Vaccination in the Punjab 1867-1880 - 1867-1880
Year: 1867
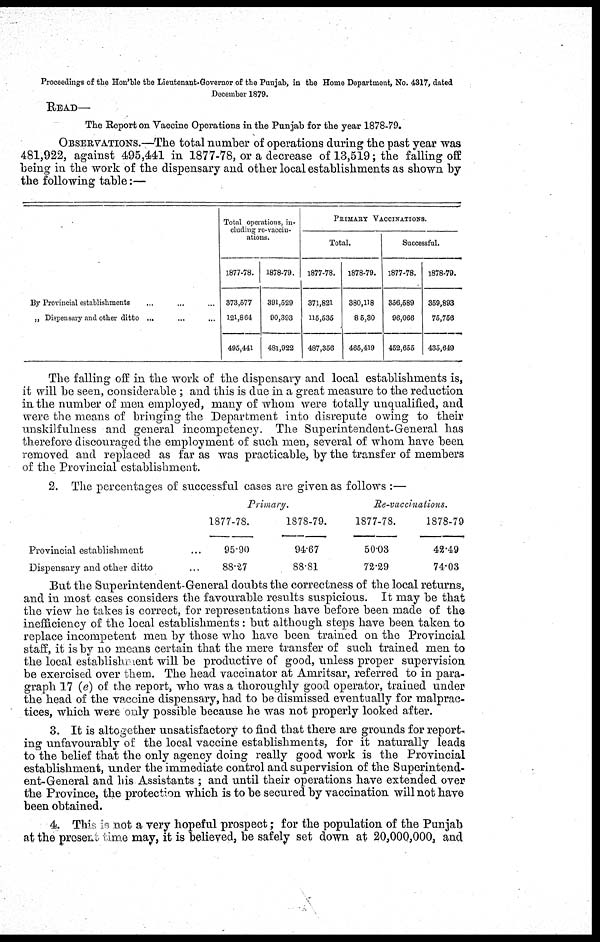
Proceedings of the Hon'ble the Lieutenant-Governor of the Punjab, in the Homo Department, No. 4317, dated
December 1879.
READ—
The Report on Vaccine Operations in the Punjab for the year 1878-79.
OBSERVATIONS.—The total number of operations during the past year was
481,922, against 495,441 in 1877-78, or a decrease of 13,519; the falling off
being in the work of the dispensary and other local establishments as shown by
the following table:—
By Provincial establishments ... ... ...
„ Dispensary and other ditto ... ... ...
Total operations, in-
cluding re-vaccin¬
ations.
1877-78.
373,577
121,864
495,441
1878-79.
391,529
90,393
481,922
PRIMARY VACCINATIONS.
Total.
1877-78.
371,821
115,535
487,356
1878-79.
380,118
85,30
465,419
Successful.
1877-78.
356,589
96,066
452,655
1878-79.
359,893
75,756
435,649
The falling off in the work of the dispensary and local establishments is,
it will be seen, considerable ; and this is due in a great measure to the reduction
in the number of men employed, many of whom were totally unqualified, and
were the means of bringing the Department into disrepute owing to their
unskilfulness and general incompetency. The Superintendent-General has
therefore discouraged the employment of such men, several of whom have been
removed and replaced as far as was practicable, by the transfer of members
of the Provincial establishment.
2. The percentages of successful cases are given as follows :—
Provincial establishment ... ...
Dispensary and other ditto ... ...
Primary.
1877-78.
95.90
88.27
1878-79.
94.67
88.81
Re-vaccinations.
1877-78.
50.03
72.29
1878-79
42.49
74.03
But the Superintendent-General doubts the correctness of the local returns,
and in most cases considers the favourable results suspicious. It may be that
the view he takes is correct, for representations have before been made of the
inefficiency of the local establishments : but although steps have been taken to
replace incompetent men by those who have been trained on the Provincial
staff, it is by no means certain that the mere transfer of such trained men to
the local establishment will be productive of good, unless proper supervision
be exercised over them. The head vaccinator at Amritsar, referred to in para-
graph 17 (e) of the report, who was a thoroughly good operator, trained under
the head of the vaccine dispensary, had to be dismissed eventually for malprac-
tices, which were only possible because he was not properly looked after.
3. It is altogether unsatisfactory to find that there are grounds for report-
ing unfavourably of the local vaccine establishments, for it naturally leads
to the belief that the only agency doing really good work is the Provincial
establishment, under the immediate control and supervision of the Superintend-
ent-General and his Assistants ; and until their operations have extended over
the Province, the protection which is to be secured by vaccination will not have
been obtained.
4. This is not a very hopeful prospect; for the population of the Punjab
at the present time may, it is believed, be safely set down at 20,000,000, and